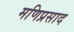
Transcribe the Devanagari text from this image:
मणिप्रसाद